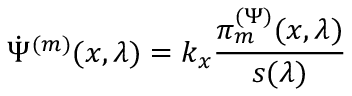
\dot { \Psi } ^ { ( m ) } ( x , \lambda ) = k _ { x } \frac { \pi _ { m } ^ { ( \Psi ) } ( x , \lambda ) } { s ( \lambda ) }